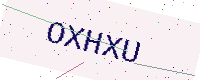
Text: OXHXU